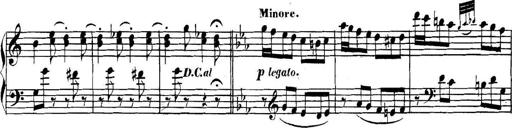
Title: Collected Piano Sonatas
Composer: Muzio Clementi